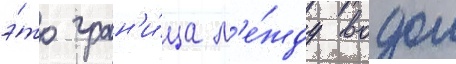
э́то гран'и́ца м'е́жду водои